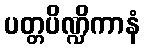
ပတ္တပိဏ္ဍိကာနံ